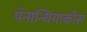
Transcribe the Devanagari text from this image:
पॅनान्थियाकोस